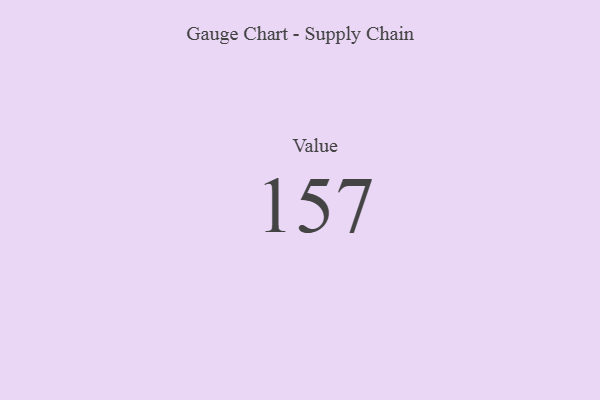
{"axis": {"x": "Metric", "y": "Value"}, "legend": [""], "data": [{"x": "Value", "y": 157, "type": ""}]}